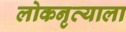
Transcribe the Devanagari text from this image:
लोकनृत्याला